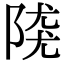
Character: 𨺖